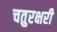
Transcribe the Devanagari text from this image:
चतुरक्षरी